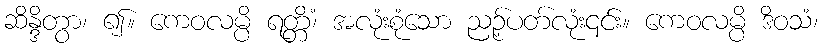
ဆိန္ဒိတွာ၊ ၍။ ကေဝလမ္ပိ ရတ္တိံ၊ အလုံးစုံသော ညဉ့်ပတ်လုံး၎င်း။ ကေဝလမ္ပိ ဒိဝသံ၊